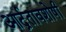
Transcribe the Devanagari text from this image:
आर्द्रतावशोषी